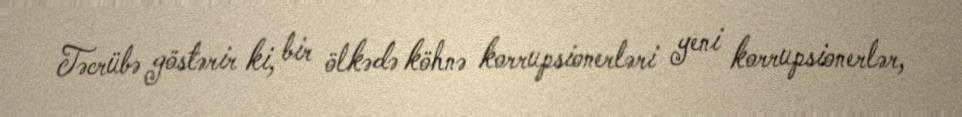
Təcrübə göstərir ki, bir ölkədə köhnə korrupsionerləri yeni korrupsionerlər,